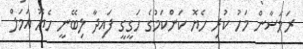
ރަމަޟާން މަހު ކުރި ހެޔޮ ކަންކަމުގެ ހަގީގީ ފައިދާ ލިބޭނީ ހެޔޮ އަމަލް